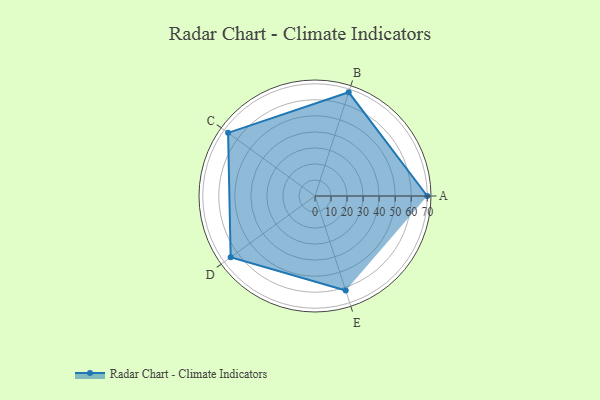
{"axis": {"x": "Skill", "y": "Score"}, "legend": ["Profile"], "data": [{"x": "A", "y": 70.0, "type": "Profile"}, {"x": "B", "y": 68.0, "type": "Profile"}, {"x": "C", "y": 67.0, "type": "Profile"}, {"x": "D", "y": 65.0, "type": "Profile"}, {"x": "E", "y": 62.0, "type": "Profile"}]}